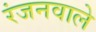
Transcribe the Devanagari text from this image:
रंजनवाले